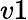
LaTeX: v1